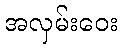
အလှမ်းဝေး